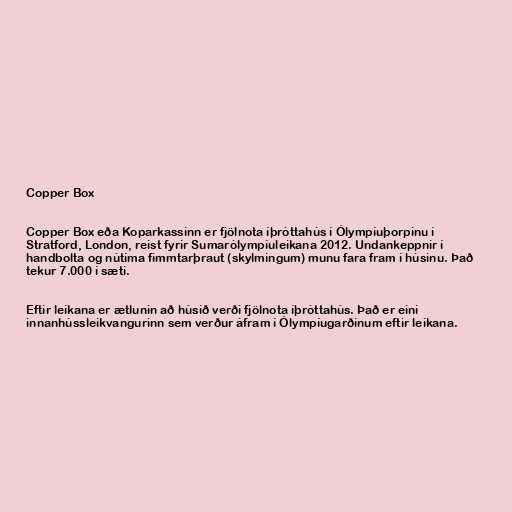
Copper Box

Copper Box eða Koparkassinn er fjölnota íþróttahús í Ólympíuþorpinu í
Stratford, London, reist fyrir Sumarólympíuleikana 2012. Undankeppnir í
handbolta og nútíma fimmtarþraut (skylmingum) munu fara fram í húsinu. Það
tekur 7.000 í sæti.

Eftir leikana er ætlunin að húsið verði fjölnota íþróttahús. Það er eini
innanhússleikvangurinn sem verður áfram í Ólympíugarðinum eftir leikana.